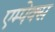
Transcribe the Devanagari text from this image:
एम्पेक्स